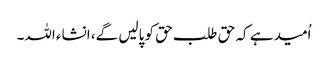
اُمید ہے کہ حق طلب حق کو پالیں گے، انشاء اللہ۔